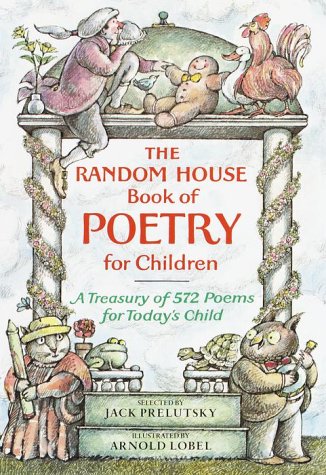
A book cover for The Random House Book of Poetry for Children; Teen & Young Adult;